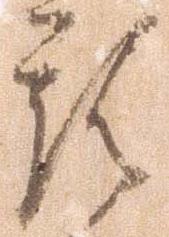
預